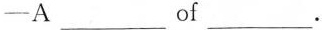
-A___of___.